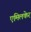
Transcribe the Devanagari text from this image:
एमिलकेर